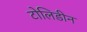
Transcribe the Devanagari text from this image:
टोलिडीन